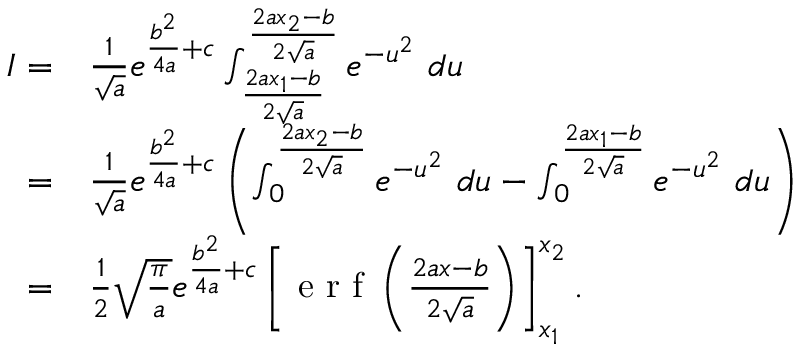
\begin{array} { r l } { I = } & { { } \frac { 1 } { \sqrt { a } } e ^ { \frac { b ^ { 2 } } { 4 a } + c } \int _ { \frac { 2 a x _ { 1 } - b } { 2 \sqrt { a } } } ^ { \frac { 2 a x _ { 2 } - b } { 2 \sqrt { a } } } e ^ { - u ^ { 2 } } \ d u } \\ { = } & { { } \frac { 1 } { \sqrt { a } } e ^ { \frac { b ^ { 2 } } { 4 a } + c } \left( \int _ { 0 } ^ { \frac { 2 a x _ { 2 } - b } { 2 \sqrt { a } } } e ^ { - u ^ { 2 } } \ d u - \int _ { 0 } ^ { \frac { 2 a x _ { 1 } - b } { 2 \sqrt { a } } } e ^ { - u ^ { 2 } } \ d u \right) } \\ { = } & { { } \frac { 1 } { 2 } \sqrt { \frac { \pi } { a } } e ^ { \frac { b ^ { 2 } } { 4 a } + c } \left[ \mathrm { ~ e ~ r ~ f ~ } \left( { \frac { 2 a x - b } { 2 \sqrt { a } } } \right) \right] _ { x _ { 1 } } ^ { x _ { 2 } } . } \end{array}